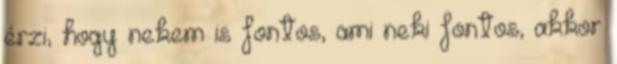
érzi, hogy nekem is fontos, ami neki fontos, akkor